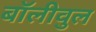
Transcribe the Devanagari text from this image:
बॉलीवुल